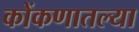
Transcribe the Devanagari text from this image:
कोंकणातल्या